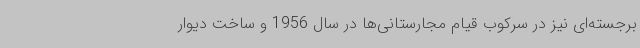
برجسته‌ای نیز در سرکوب قیام مجارستانی‌ها در سال 1956 و ساخت دیوار